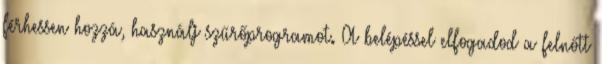
férhessen hozzá, használj szűrőprogramot. A belépéssel elfogadod a felnőtt